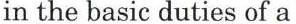
in the basic duties of a